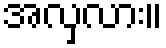
အလှလား။